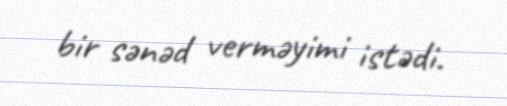
bir sənəd verməyimi istədi.